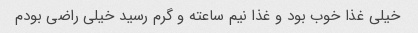
خیلی غذا خوب بود و غذا نیم ساعته و گرم رسید خیلی راضی بودم